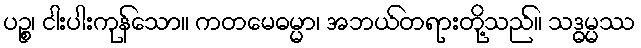
ပဉ္စ၊ ငါးပါးကုန်သော။ ကတမေဓမ္မာ၊ အဘယ်တရားတို့သည်။ သဒ္ဓမ္မဿ